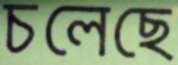
চলেছে